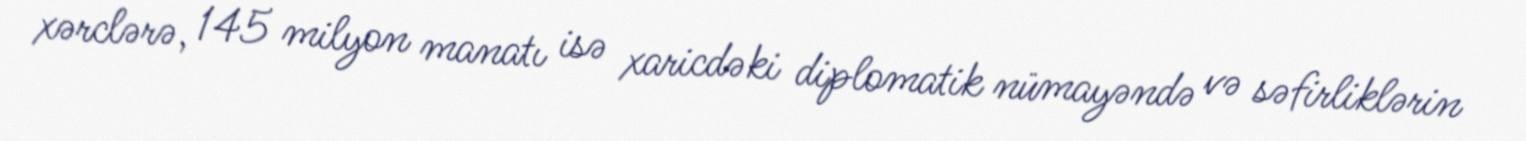
xərclərə, 145 milyon manatı isə xaricdəki diplomatik nümayəndə və səfirliklərin